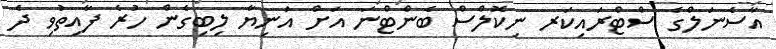
އާސެނަލްގެ ސްޓްރައިކަރ ނިކޮލްސް ބެންޓްނަ އަށް އަނިޔާ ލިބިގެން ހުރެ ފާއިތުވި ދެ